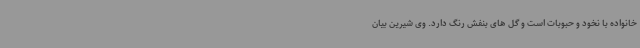
خانواده با نخود و حبوبات است و گل های بنفش رنگ دارد. وی شیرین بیان